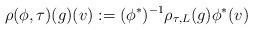
LaTeX: \begin{align*}\rho(\phi,\tau)(g)(v):=(\phi^*)^{-1}\rho_{\tau,L}(g)\phi^*(v)\end{align*}